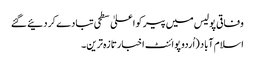
وفاقی پولیس میں پیر کو اعلیٰ سطحی تبادے کر دئیے گئے
اسلام آباد (اُردو پوائنٹ اخبارتازہ ترین۔